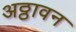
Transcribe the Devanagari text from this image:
अठ्ठावन